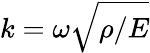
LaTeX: k=\omega\sqrt{\rho/E}